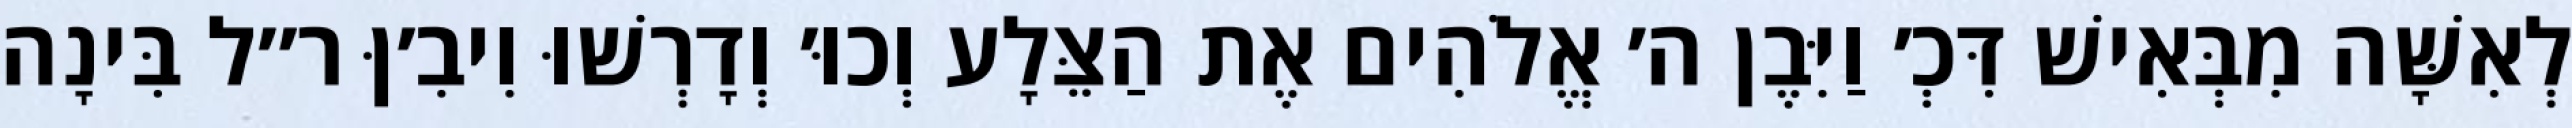
לְאִשָּׁה מִבְּאִישׁ דִּכְ׳ וַיִּבֶן ה׳ אֱלֹהִים אֶת הַצֵּלָע וְכוּ׳ וְדָרְשׁוּ וִיבִ׳ןּ ר״ל בִּינָה